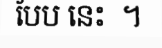
បែប នេះ  ។